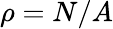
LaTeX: \rho=N/A